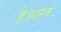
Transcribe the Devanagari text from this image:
है।धात